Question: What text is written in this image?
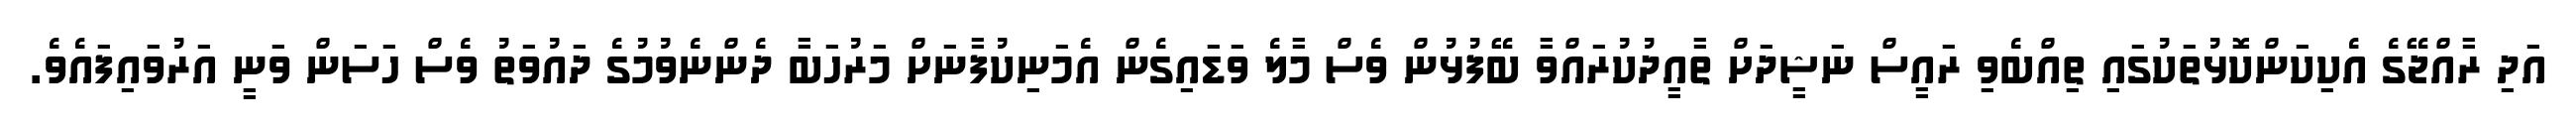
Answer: އަދި ރާއްޖޭގެ އެކިކަންކޮޅުތަކުގައި ތިއްބެވި ރައީސް ނަޝީދަށް ތާއީދުކުރައްވާ ބޭފުޅުން ވެސް މާލެ ވަޑައިގެން އެމަނިކުފާނަށް މަރުހަބާ ދެންނެވުމުގެ ދައުވަތު ވެސް ހަސަން ވަނީ އަރުވައިފައެވެ.